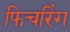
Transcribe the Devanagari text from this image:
फिचरिंग